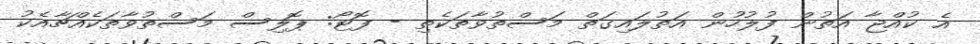
އެ ކުއްޖާ އަތުން ފުލުހުން އަތުލައިގަތް މަސްތުވާތަކެތި - ފޮޓޯ: ޕޮލިސް މަސްތުވާތަކެއްޗާއެކު